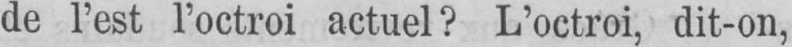
de l’est l’octroi actuel? L’octroi, dit-on,